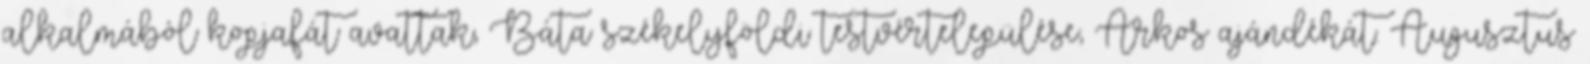
alkalmából kopjafát avattak, Báta székelyföldi testvértelepülése, Árkos ajándékát. Augusztus